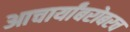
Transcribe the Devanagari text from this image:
आचार्यांबरोबरच